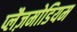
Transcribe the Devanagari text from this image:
प्लैज़मोडियम